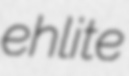
ehlite